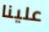
علينا